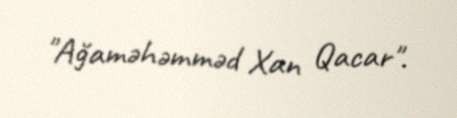
"Ağaməhəmməd Xan Qacar".